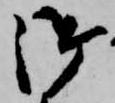
御